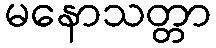
မနောသတ္တာ